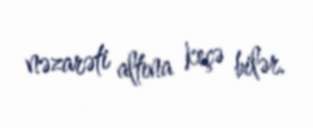
nəzarəti altına keçə bilər.